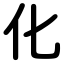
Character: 化